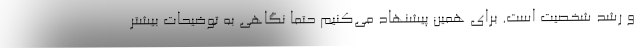
و رشد شخصیت است. برای همین پیشنهاد می‌کنیم حتما نگاهی به توضیحات بیشتر